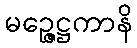
မဉ္ဇေဋ္ဌကာနိ